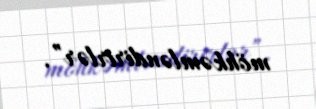
möhkəmləndirirlər”.